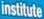
Institute